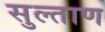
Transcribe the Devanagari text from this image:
सुल्ताण